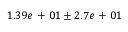
1 . 3 9 e \mathrm { ~ + ~ } 0 1 \pm 2 . 7 e \mathrm { ~ + ~ } 0 1